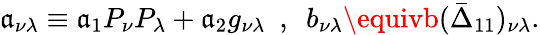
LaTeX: \mathfrak{a}_{\nu\lambda}\equiv\mathfrak{a}_{1}P_{\nu}P_{\lambda}+\mathfrak{a}_{2}g_{\nu\lambda}~~,~~b_{\nu\lambda}\equivb(\bar{{\Delta}}_{11})_{\nu\lambda}.